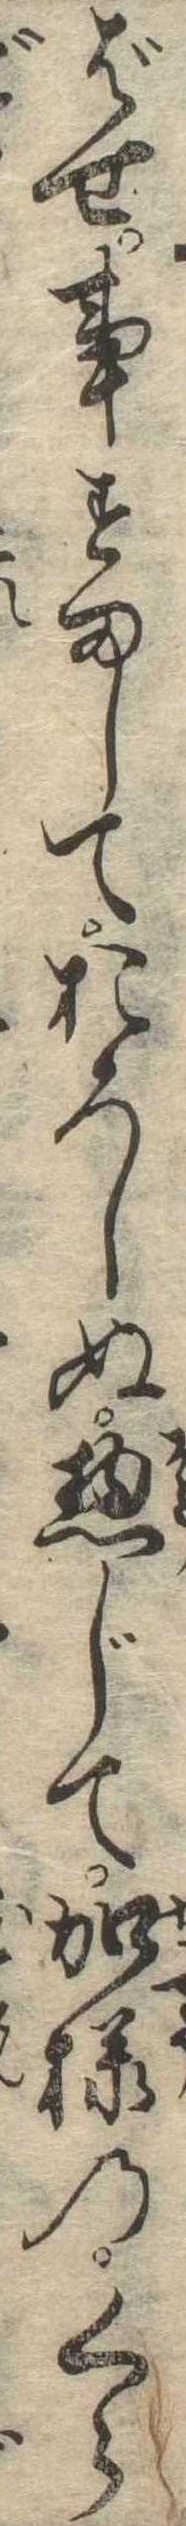
ばせ事すましておろしぬ惣じて加様のくら